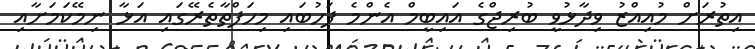
އިތުރަށް މުއިއްޒު ވިދާޅުވީ ބުރިޖްގެ އައިބީމް އެންމެ ފަހުބައި މިހަފްތާތެރޭގައި އަޅާ ނިމޭކަމަށާއި